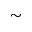
\sim